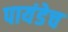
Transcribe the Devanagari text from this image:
पायंडेच